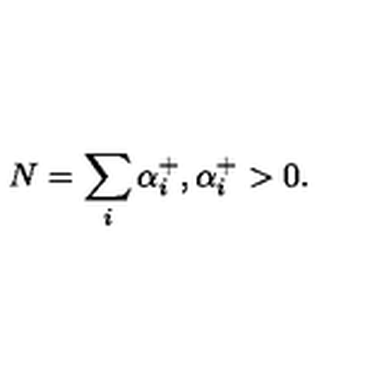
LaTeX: N = \sum _ { i } \alpha _ { i } ^ { + } , \alpha _ { i } ^ { + } > 0 .